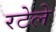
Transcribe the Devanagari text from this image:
रटेले